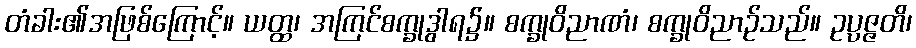
တံခါး၏အဖြစ်ကြောင့်။ ယတ္ထ၊ အကြင်စက္ခုဒွါရ၌။ စက္ခုဝိညာဏံ၊ စက္ခုဝိညာဉ်သည်။ ဥပ္ပဇ္ဇတိ၊